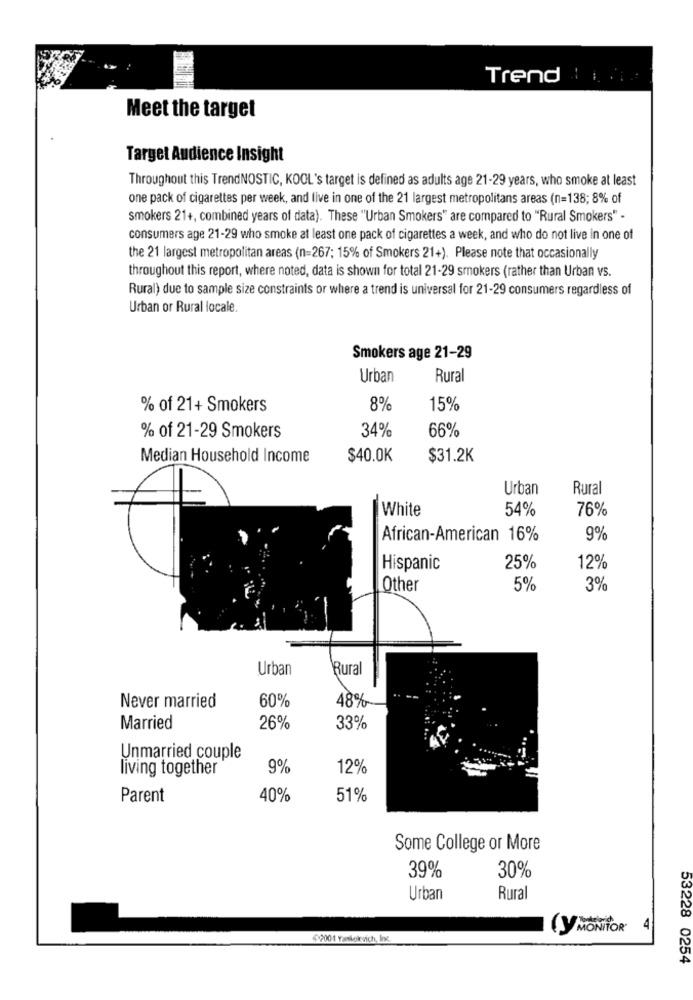
Trend
Meet the target
Target Audience Insight
Throughout this TrendNOSTIC, KOOL's target is defined as adults age 21-29 years, who smoke at least
one pack of cigarettes per week, and live in one of the 21 largest metropolitans areas (n=138; 8% of
smokers 21+, combined years of data). These "Urban Smokers" are compared to "Rural Smokers" -
consumers age 21-29 who smoke at least one pack of cigarettes a week, and who do not live in one of
the 21 largest metropolitan areas (n=267; 15% of Smokers 21+). Please note that occasionally
throughout this report, where noted, data is shown for total 21-29 smokers (rather than Urban vs.
Rural) due to sample size constraints or where a trend is universal for 21-29 consumers regardless of
Urban or Rural locale.
Smokers age 21-29
Urban
Rural
% of 21+ Smokers
8%
15%
34%
66%
% of 21-29 Smokers
Median Household Income
$40.0K
$31.2K
Urban
Rural
White
54%
76%
African-American 16%
9%
Hispanic
25%
12%
Other
5%
3%
Urban
Rural
60%
48%
Never married
Married
26%
33%
Unmarried couple
living together
9%
12%
Parent
40%
51%
Some College or More
30%
39%
Urban
Rural
Ly MONITOR
4
2001 Yarekgkevich, Inc.
53228 0254